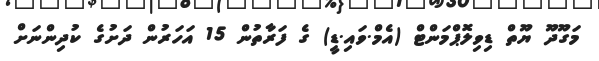
މަގޫދޫ ޔޫތް ޑިވިލޮޕްމަންޓް (އެމް.ވައި.ޑީ) ގެ ފަރާތުން 15 އަހަރުން ދަށުގެ ކުދިންނަށް